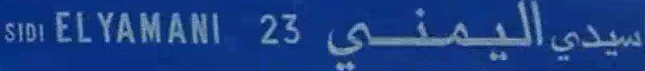
SIDI EL YAMANI 23